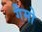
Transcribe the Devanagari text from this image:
गैमो